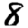
Digit: 8